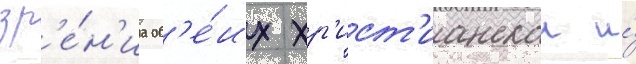
зр'е́н'иа об'е́их хр'ист'ианскои и́